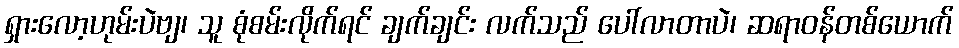
ရှားလော့ဟုမ်းပဲဗျ၊ သူ စုံစမ်းလိုက်ရင် ချက်ချင်း လက်သည် ပေါ်လာတာပဲ၊ ဆရာဝန်တစ်ယောက်